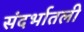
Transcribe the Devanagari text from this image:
संदर्भातली